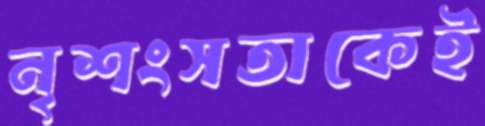
নৃশংসতাকেই